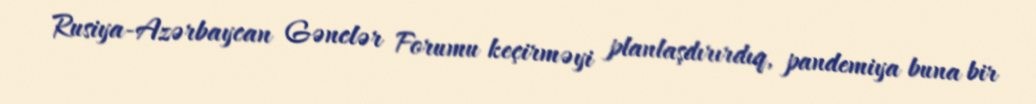
Rusiya-Azərbaycan Gənclər Forumu keçirməyi planlaşdırırdıq, pandemiya buna bir